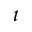
t